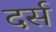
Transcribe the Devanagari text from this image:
दर्स